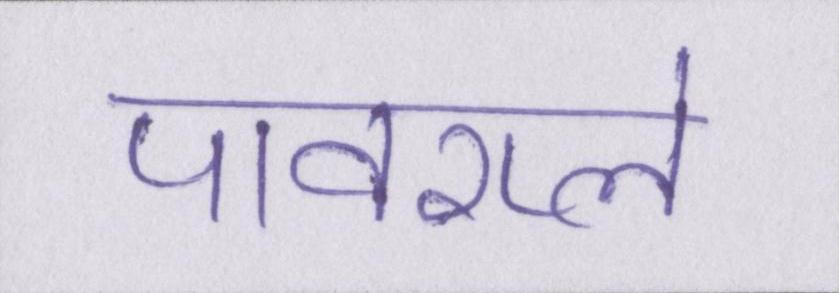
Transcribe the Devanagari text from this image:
पावरप्ले